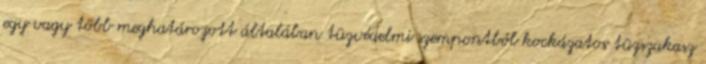
egy vagy több meghatározott általában tûzvédelmi szempontból kockázatos tûzszakasz